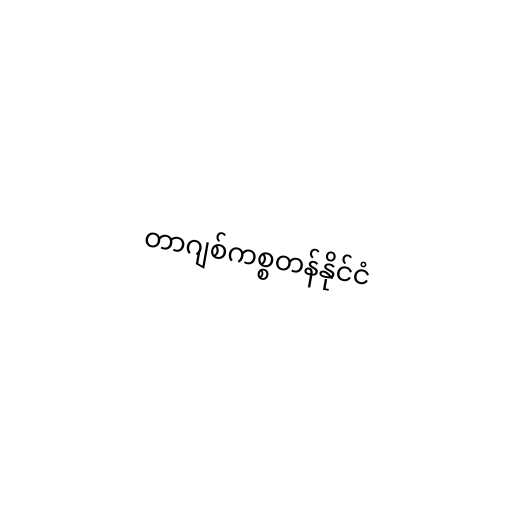
တာဂျစ်ကစ္စတန်နိုင်ငံ